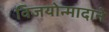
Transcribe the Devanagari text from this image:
विजयोन्मादाने